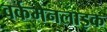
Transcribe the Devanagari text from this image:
वर्कमैनलाइक